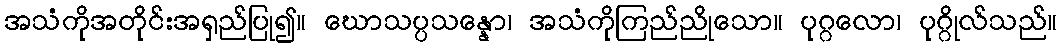
အသံကိုအတိုင်းအရှည်ပြု၍။ ဃောသပ္ပသန္နော၊ အသံကိုကြည်ညိုသော။ ပုဂ္ဂလော၊ ပုဂ္ဂိုလ်သည်။